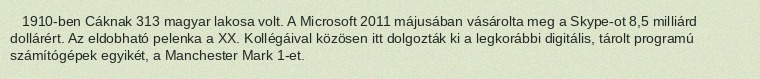
1910-ben Cáknak 313 magyar lakosa volt. A Microsoft 2011 májusában vásárolta meg a Skype-ot 8,5 milliárd dollárért. Az eldobható pelenka a XX. Kollégáival közösen itt dolgozták ki a legkorábbi digitális, tárolt programú számítógépek egyikét, a Manchester Mark 1-et.